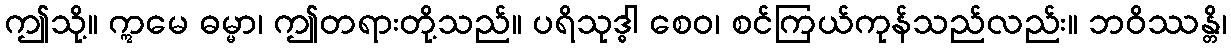
ဤသို့။ ဣမေ ဓမ္မာ၊ ဤတရားတို့သည်။ ပရိသုဒ္ဓါ စေဝ၊ စင်ကြယ်ကုန်သည်လည်း။ ဘဝိဿန္တိ၊